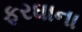
ફરઘાના